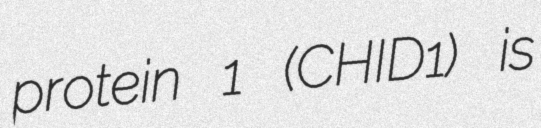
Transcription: protein 1 (CHID1) is